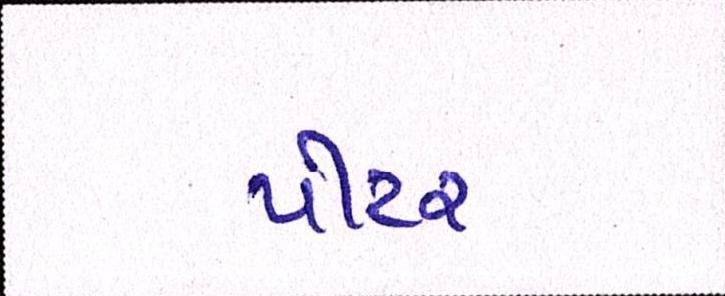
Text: પીટર